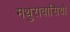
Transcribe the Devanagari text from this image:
मथुरावासियों